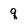
Character: q